Indian journal of veterinary science and animal husbandry - Volume 9,
Year: 1939
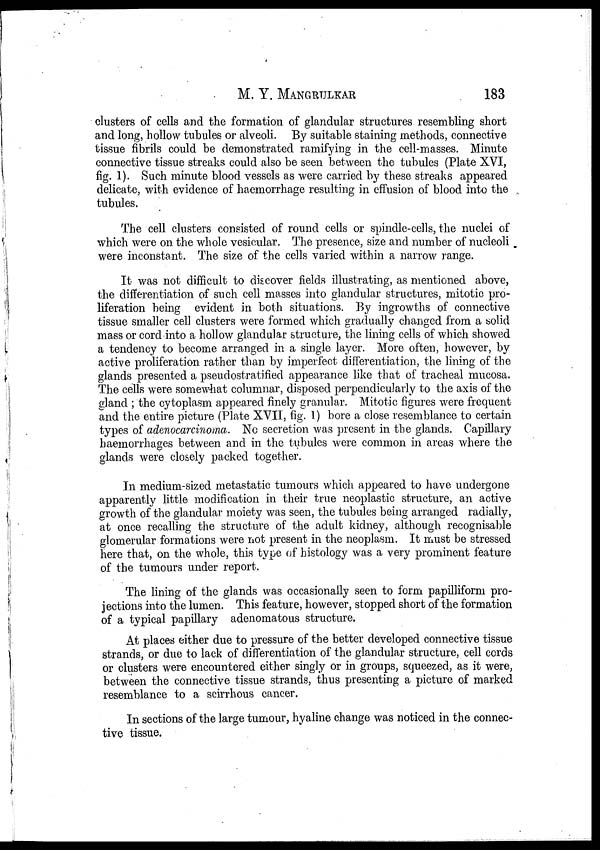
M. Y. MANGRULKAR 183
clusters of cells and the formation of glandular structures resembling short
and long, hollow tubules or alveoli. By suitable staining methods, connective
tissue fibrils could be demonstrated ramifying in the cell-masses. Minute
connective tissue streaks could also be seen between the tubules (Plate XVI,
fig. 1). Such minute blood vessels as were carried by these streaks appeared
delicate, with evidence of haemorrhage resulting in effusion of blood into the
tubules.
The cell clusters consisted of round cells or spindle-cells, the nuclei of
which were on. the whole vesicular. The presence, size and number of nucleoli.
were inconstant. The size of the cells varied within a narrow range.
It was not difficult to discover fields illustrating, as mentioned above,
the differentiation of such cell masses into glandular structures, mitotic pro-
liferation being evident in both situations. By ingrowths of connective
tissue smaller cell clusters were formed which gradually changed from a solid
mass or cord into a hollow glandular structure, the lining cells of which showed
a tendency to become arranged in a single layer. More often, however, by
active proliferation rather than by imperfect differentiation, the lining of the
glands presented a pseudostratified appearance like that of tracheal mucosa.
The cells were somewhat columnar, disposed perpendicularly to the axis of the
gland ; the cytoplasm appeared finely granular. Mitotic figures were frequent
and the entire picture (Plate XVII, fig. 1) bore a close resemblance to certain
types of adenocarcinoma. No secretion was present in the glands. Capillary
haemorrhages between and in the tubules were common in areas where the
glands were closely packed together.
In medium-sized metastatic tumours which appeared to have undergone
apparently little modification in their true neoplastic structure, an active
growth of the glandular moiety was seen, the tubules being arranged radially,
at once recalling the structure of the adult kidney, although recognisable
glomerular formations were not present in the neoplasm. It must be stressed
here that, on the whole, this type of histology was a very prominent feature
of the tumours under report.
The lining of the glands was occasionally seen to form papilliform pro-
jections into the lumen. This feature, however, stopped short of the formation
of a typical papillary adenomatous structure.
At places either due to pressure of the better developed connective tissue
strands, or due to lack of differentiation of the glandular structure, cell cords
or clusters were encountered either singly or in groups, squeezed, as it were,
between the connective tissue strands, thus presenting a picture of marked
resemblance to a scirrhous cancer.
In sections of the large tumour, hyaline change was noticed in the connec-
tive tissue.